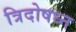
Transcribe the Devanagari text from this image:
त्रिदोषध्न